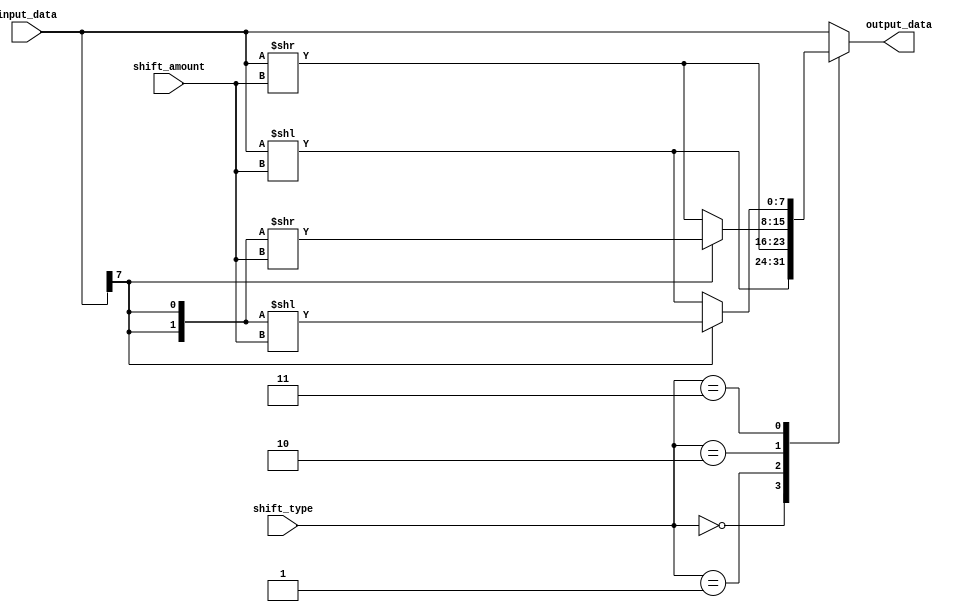
module BarrelShifter(
    input wire [7:0] input_data,
    input wire [1:0] shift_amount,
    input wire [3:0] shift_type,
    output reg [7:0] output_data
);

always @(*)
begin
    case(shift_type)
        2'b00: // Logical Shift Left
            output_data = input_data << shift_amount;
        2'b01: // Logical Shift Right
            output_data = input_data >> shift_amount;
        2'b10: // Arithmetic Shift Right
            if(input_data[7] == 1)
                output_data = {input_data[7], input_data[7]} >> shift_amount;
            else
                output_data = input_data >> shift_amount;
        2'b11: // Arithmetic Shift Left
            if(input_data[7] == 1)
                output_data = {input_data[7], input_data[7]} << shift_amount;
            else
                output_data = input_data << shift_amount;
        default: // No shift
            output_data = input_data;
    endcase
end

endmodule